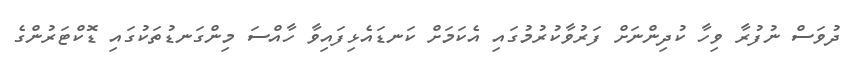
ދުވަސް ނުފުރާ ވިހާ ކުދިންނަށް ފަރުވާކުރުމުގައި އެކަމަށް ކަނޑައެޅިފައިވާ ހާއްސަ މިންގަނޑުތަކުގައި ޑޮކްޓަރުންގެ